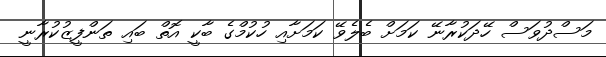
މަސްދުވަސް ހޭދަކުރާނޭ ކަމަށް ބެލެވޭ ކަމަށާއި ހުކުމްގެ ބާކީ އޮތް ބައި ތަންފީޒުކުރާނީ